Report on sanitation, dispensaries, and jails in Rajputana for 1918, and on vaccination for the year 1918-1919 - 1918-1919
Year: 1918
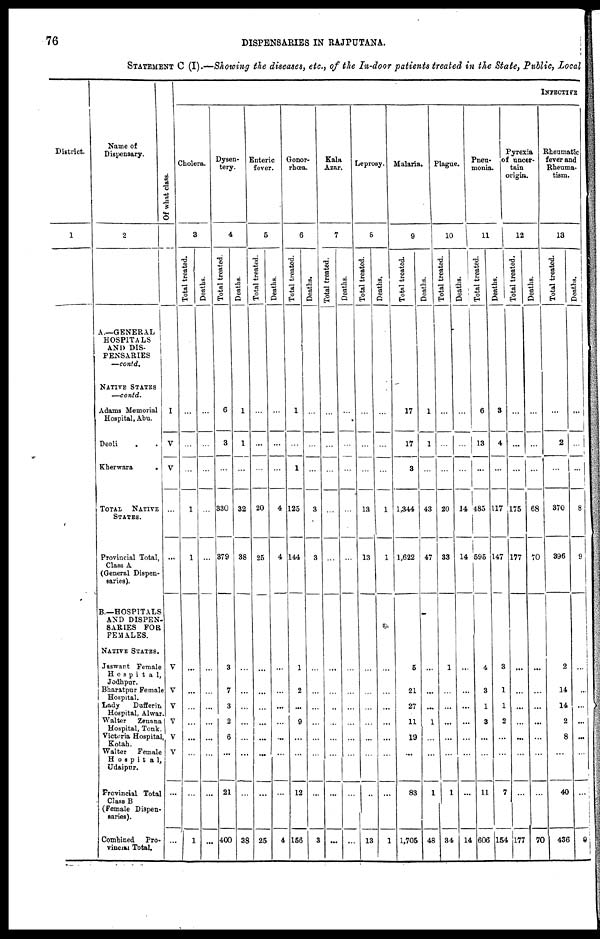
76
DISPENSARIES IN RAJPUTANA.
STATEMENT C (I).—Showing the diseases, etc., of the In-door patients treated in the State, Public, Local
District.
1
Name of
Dispensary.
2
A.—GENERAL
HOSPITALS
AND DIS-
PENSARIES
—contd.
NATIVE STATES
—contd.
Adams Memorial
Hospital, Abu.
Deoli . .
Kherwara
.
TOTAL
NATIVE
STATES.
Provincial Total,
Class A
(General Dispen-
saries).
B.—HOSPITALS
AND DISPEN-
SARIES FOR
FEMALES.
NATIVE STATES.
Jaswant Female
Hospital,
Jodhpur.
Bharatpur Female
Hospital.
Lady
Dufferin
Hospital, Alwar.
Walter
Zenana
Hospital, Tonk.
Victoria Hospital,
Kotah.
Walter Female
Hospital,
Udaipur.
Provincial Total
Class B
(Female Dispen-
saries).
Combined Pro-
vincial Total.
Of what class.
I
V
V
...
...
V
V
V
V
V
V
...
...
INFECTIVE
Cholera.
3
Total treated.
...
...
...
1
1
...
...
...
...
...
...
...
1
Deaths.
...
...
...
...
...
...
...
...
...
...
...
...
...
Dysen-
tery.
4
Total treated.
6
3
...
330
379
3
7
3
2
6
...
21
400
Deaths.
1
1
...
32
38
...
...
...
...
...
...
...
38
Enteric
fever.
5
Total treated.
...
...
...
20
25
...
...
...
...
...
...
...
25
Deaths.
...
...
...
4
4
...
...
...
...
...
...
...
4
Gonor-
rhœa.
6
Total treated.
1
...
1
125
144
1
2
...
9
...
...
12
156
Deaths.
...
...
...
3
3
...
...
...
...
...
...
...
3
Kala
Azar.
7
Total treated.
...
...
...
...
...
...
...
...
...
...
...
...
...
Deaths.
...
...
...
...
...
...
...
...
...
...
...
...
...
Leprosy.
8
Total treated.
...
...
...
13
13
...
...
...
...
...
...
...
13
Deaths.
...
...
...
1
1
...
...
...
...
...
...
...
1
Malaria.
9
Total treated.
17
17
3
1,344
1,622
5
21
27
11
19
...
83
1,705
Deaths.
1
1
...
43
47
...
...
...
1
...
...
1
48
Plague.
10
Total treated.
...
...
...
20
33
1
...
...
...
...
...
1
34
Deaths.
...
...
...
14
14
...
...
...
...
...
...
...
14
Pneu-
monia.
11
Total treated.
6
13
...
485
595
4
3
1
3
...
...
11
606
Deaths.
3
4
...
117
147
3
1
1
2
...
...
7
154
Pyrexia
of uncer-
tain
origin.
1 2
Total treated.
...
...
...
175
177
...
...
...
...
...
...
...
177
Deaths.
...
...
...
68
70
...
...
...
...
...
...
...
70
Rheumatic
fever and
Rheuma-
tism.
13
Total treated.
...
2
...
370
396
2
14
14
2
8
...
40
436
Deaths.
...
...
...
8
9
...
...
...
...
...
...
...
9